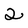
Character: 2